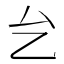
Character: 𱑢